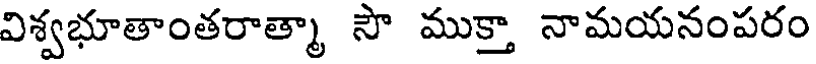
విశ్వభూతాంతరాత్మా సౌ ముక్తా నామయనంపరం